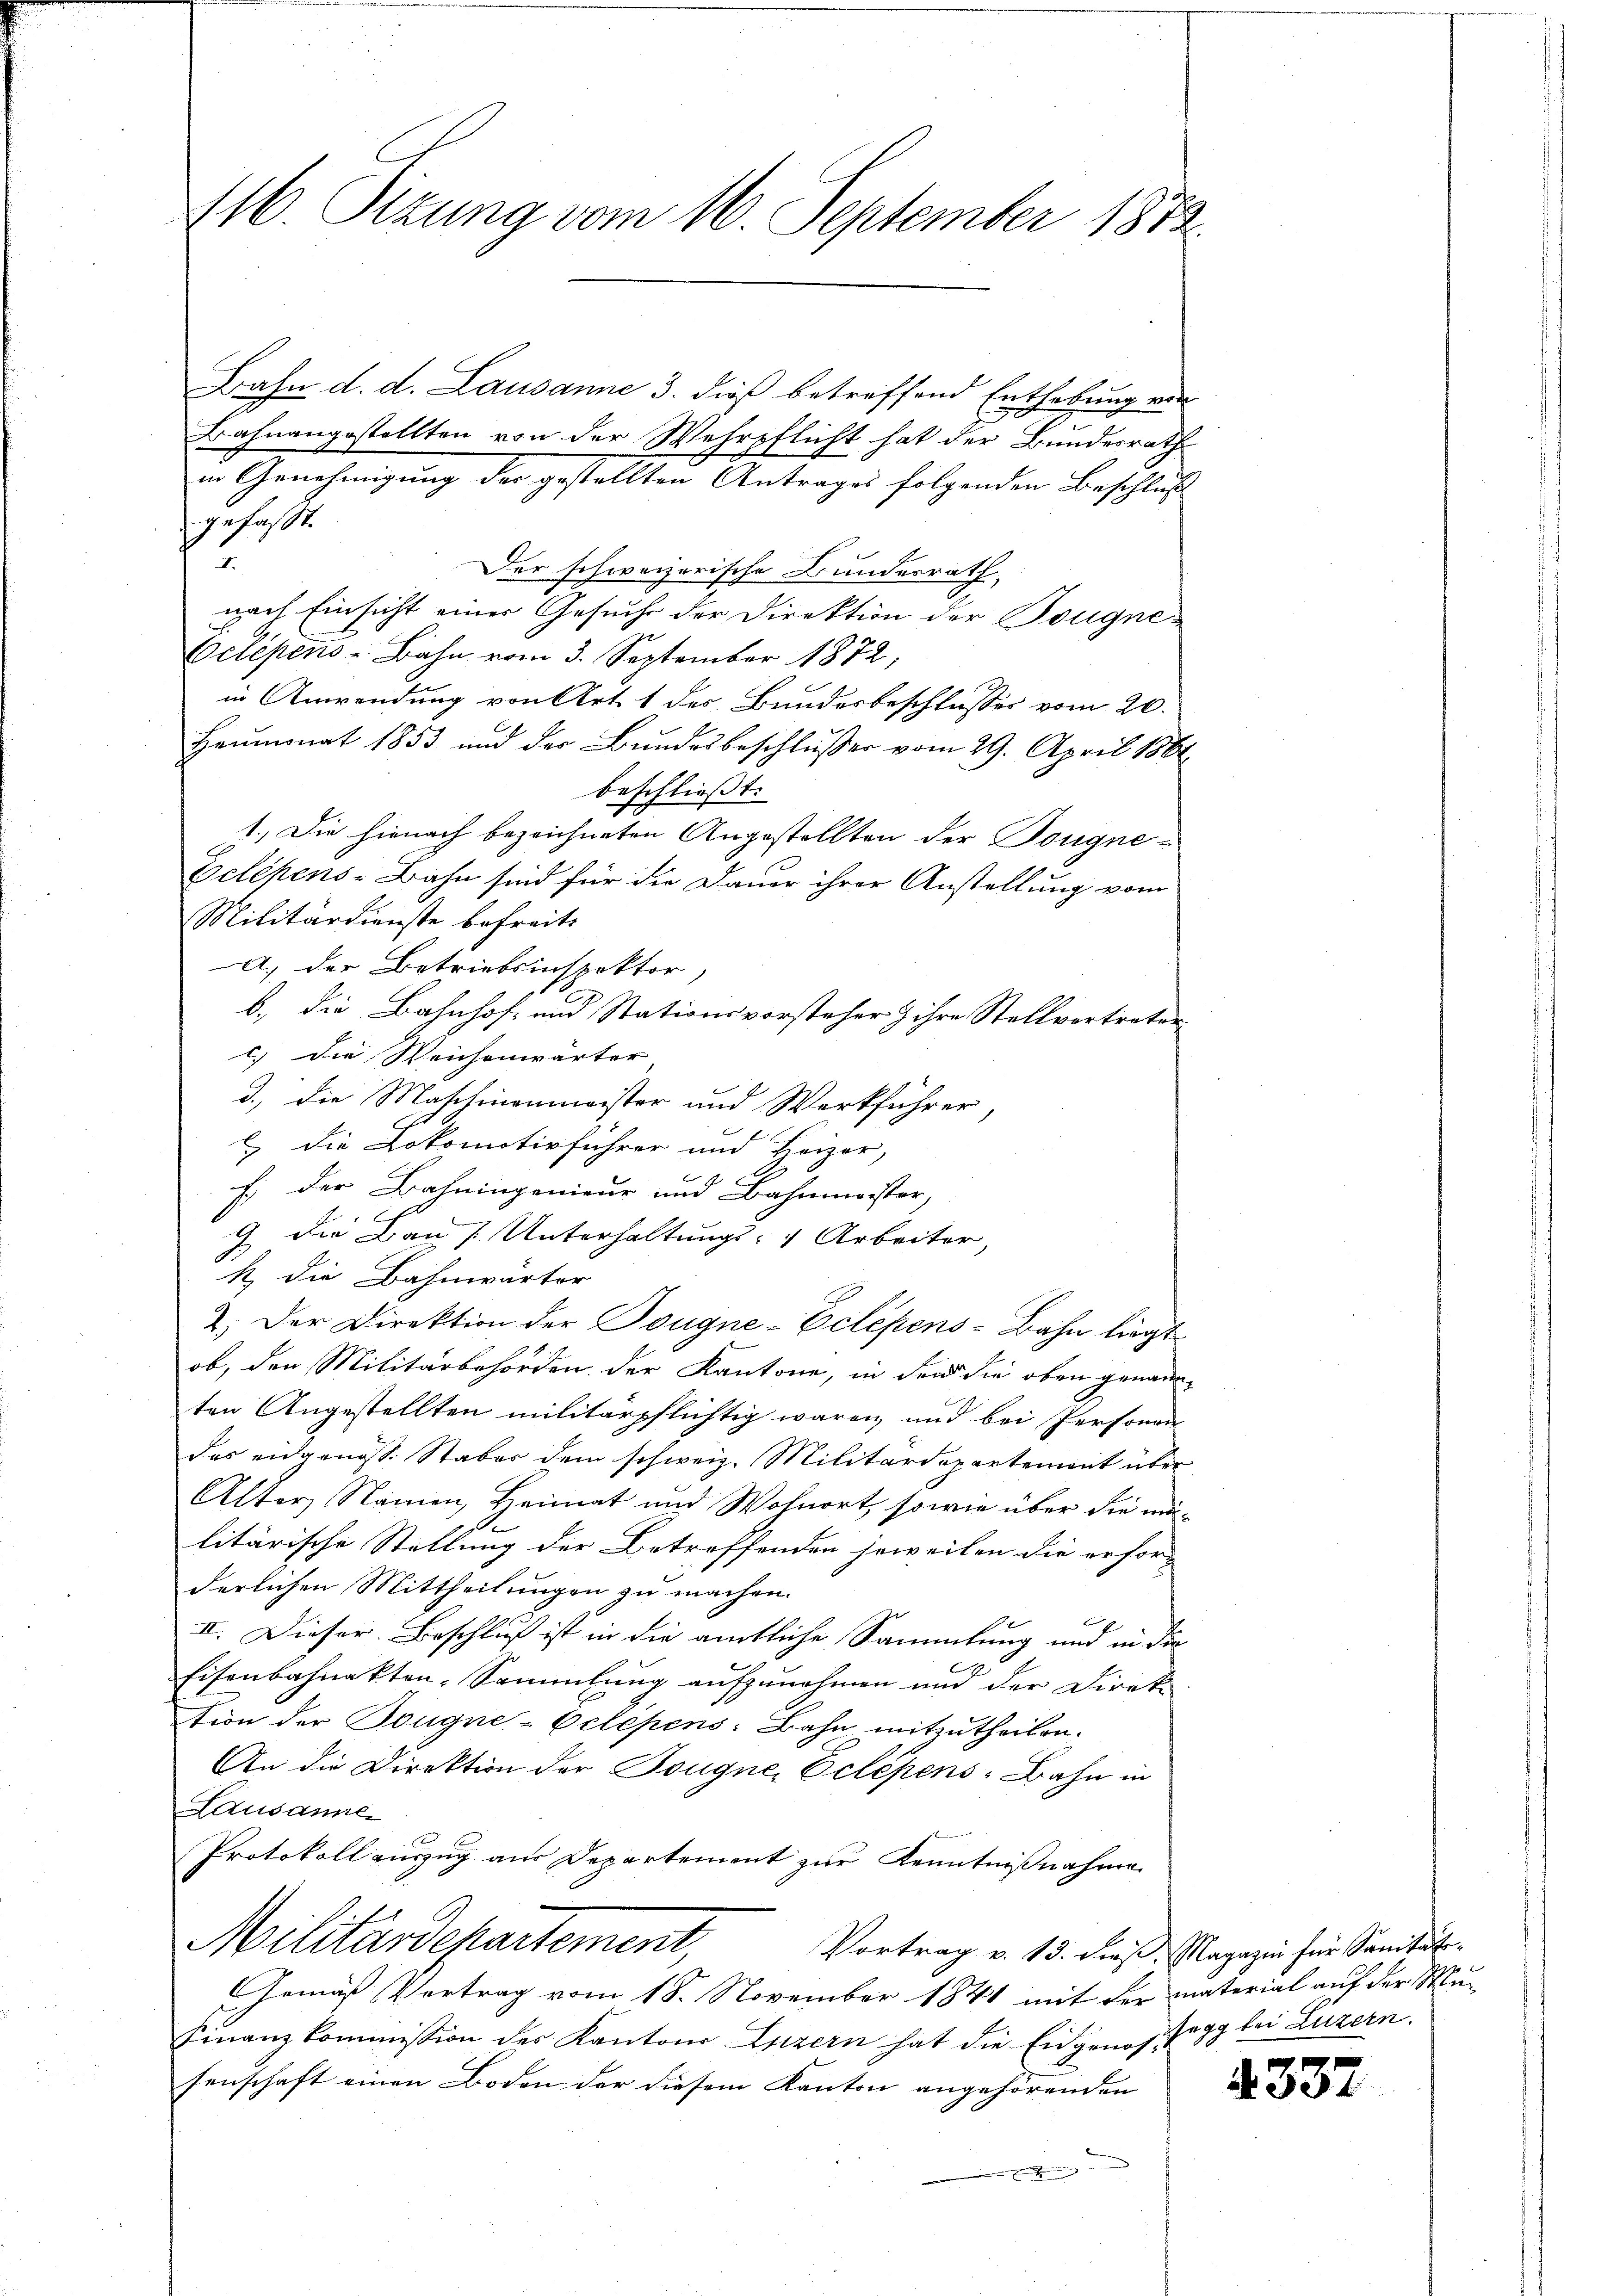
116. Sizung vom 16. September 1872.

Bahn d. d. Lausanne 3. dieß betreffend Enthebung von
Bahnangestellten von der Wehrpflicht hat der Bundesrath
in Genehmigung der gestellten Antrages folgenden Beschluss
gefaßt.
2
Der schweizerische Bundesrath,
nach Einsicht einer Gesuche der Direktion der Bougne¬
Oelépens - Bahn vom 3. September 1872,
in Anwendung von Art. 1 des Bundesbeschlusses vom 20.
Heumonat 1853 und der Bundesbeschlusser vom 29. April 1864
beschließt:
1.) Die hienach bezeichneten Angestellten der Tougne¬
Eelépens-Bahn sind für die Dauer ihrer Anstellung vom
Militärdienste befreits
A) der Betriebsinspektor,
b., die Bahnhof- und Stationsvorsteher & ihre Stellvortreten
c.) Die Weichenwärter
d.) die Maschinenmeister und Werkführer
u die Lokomotivführer und Heizor,
f; der Bahningenieur und Bahnmeister,
9 die Bau [Unterhaltungs- & Arbeiter,
h die Bahnwärter
2.) Der Direktion der Bougne-Eclépens-Bahn liegt
ob, den Militärbehörden der Kantone, in den die oben genannten Angestellten militärpflichtig waren, und bei Personen
das eidgenöss. Staber dem schweiz. Militärdepartement über
Alter Namen, Heimat und Wohnort, sowie über die mülitärische Stellung der Betreffenden jeweilen die erfor-
derlichen Mittheilungen zu machen.
II. Dieser Beschluß ist in die amtliche Sammlung und in die
Eisenbahnakten-Sammlung aufzunehmen und der Direk-
tion der Bougne-Celépens: Bahn mitzutheilen.
An die Direktion der Bougne, Eclépens-Bahn in
Lausannen
Protokoll auszug aus Departement zur Kenntnißnahme
Militärdepartement,
Vortrag v. 13. dieß, Magazin für Sanität¬
Gemäß Vortrag vom 18. November 1841 mit der material auf der Mu-
Finanzkommission des Kantons Luzern hat die Eidgenossegg bei Luzern.
senschaft einen Boden der diesem Kanton angehörenden |
h

4337